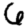
Digit: 6